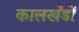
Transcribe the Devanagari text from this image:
कालखँडों